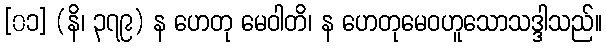
[၀၁] (နိ၊ ၃၇၉) န ဟေတု မေဝါတိ၊ န ဟေတုမေဝဟူသောသဒ္ဒါသည်။